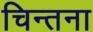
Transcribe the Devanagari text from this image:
चिन्तना